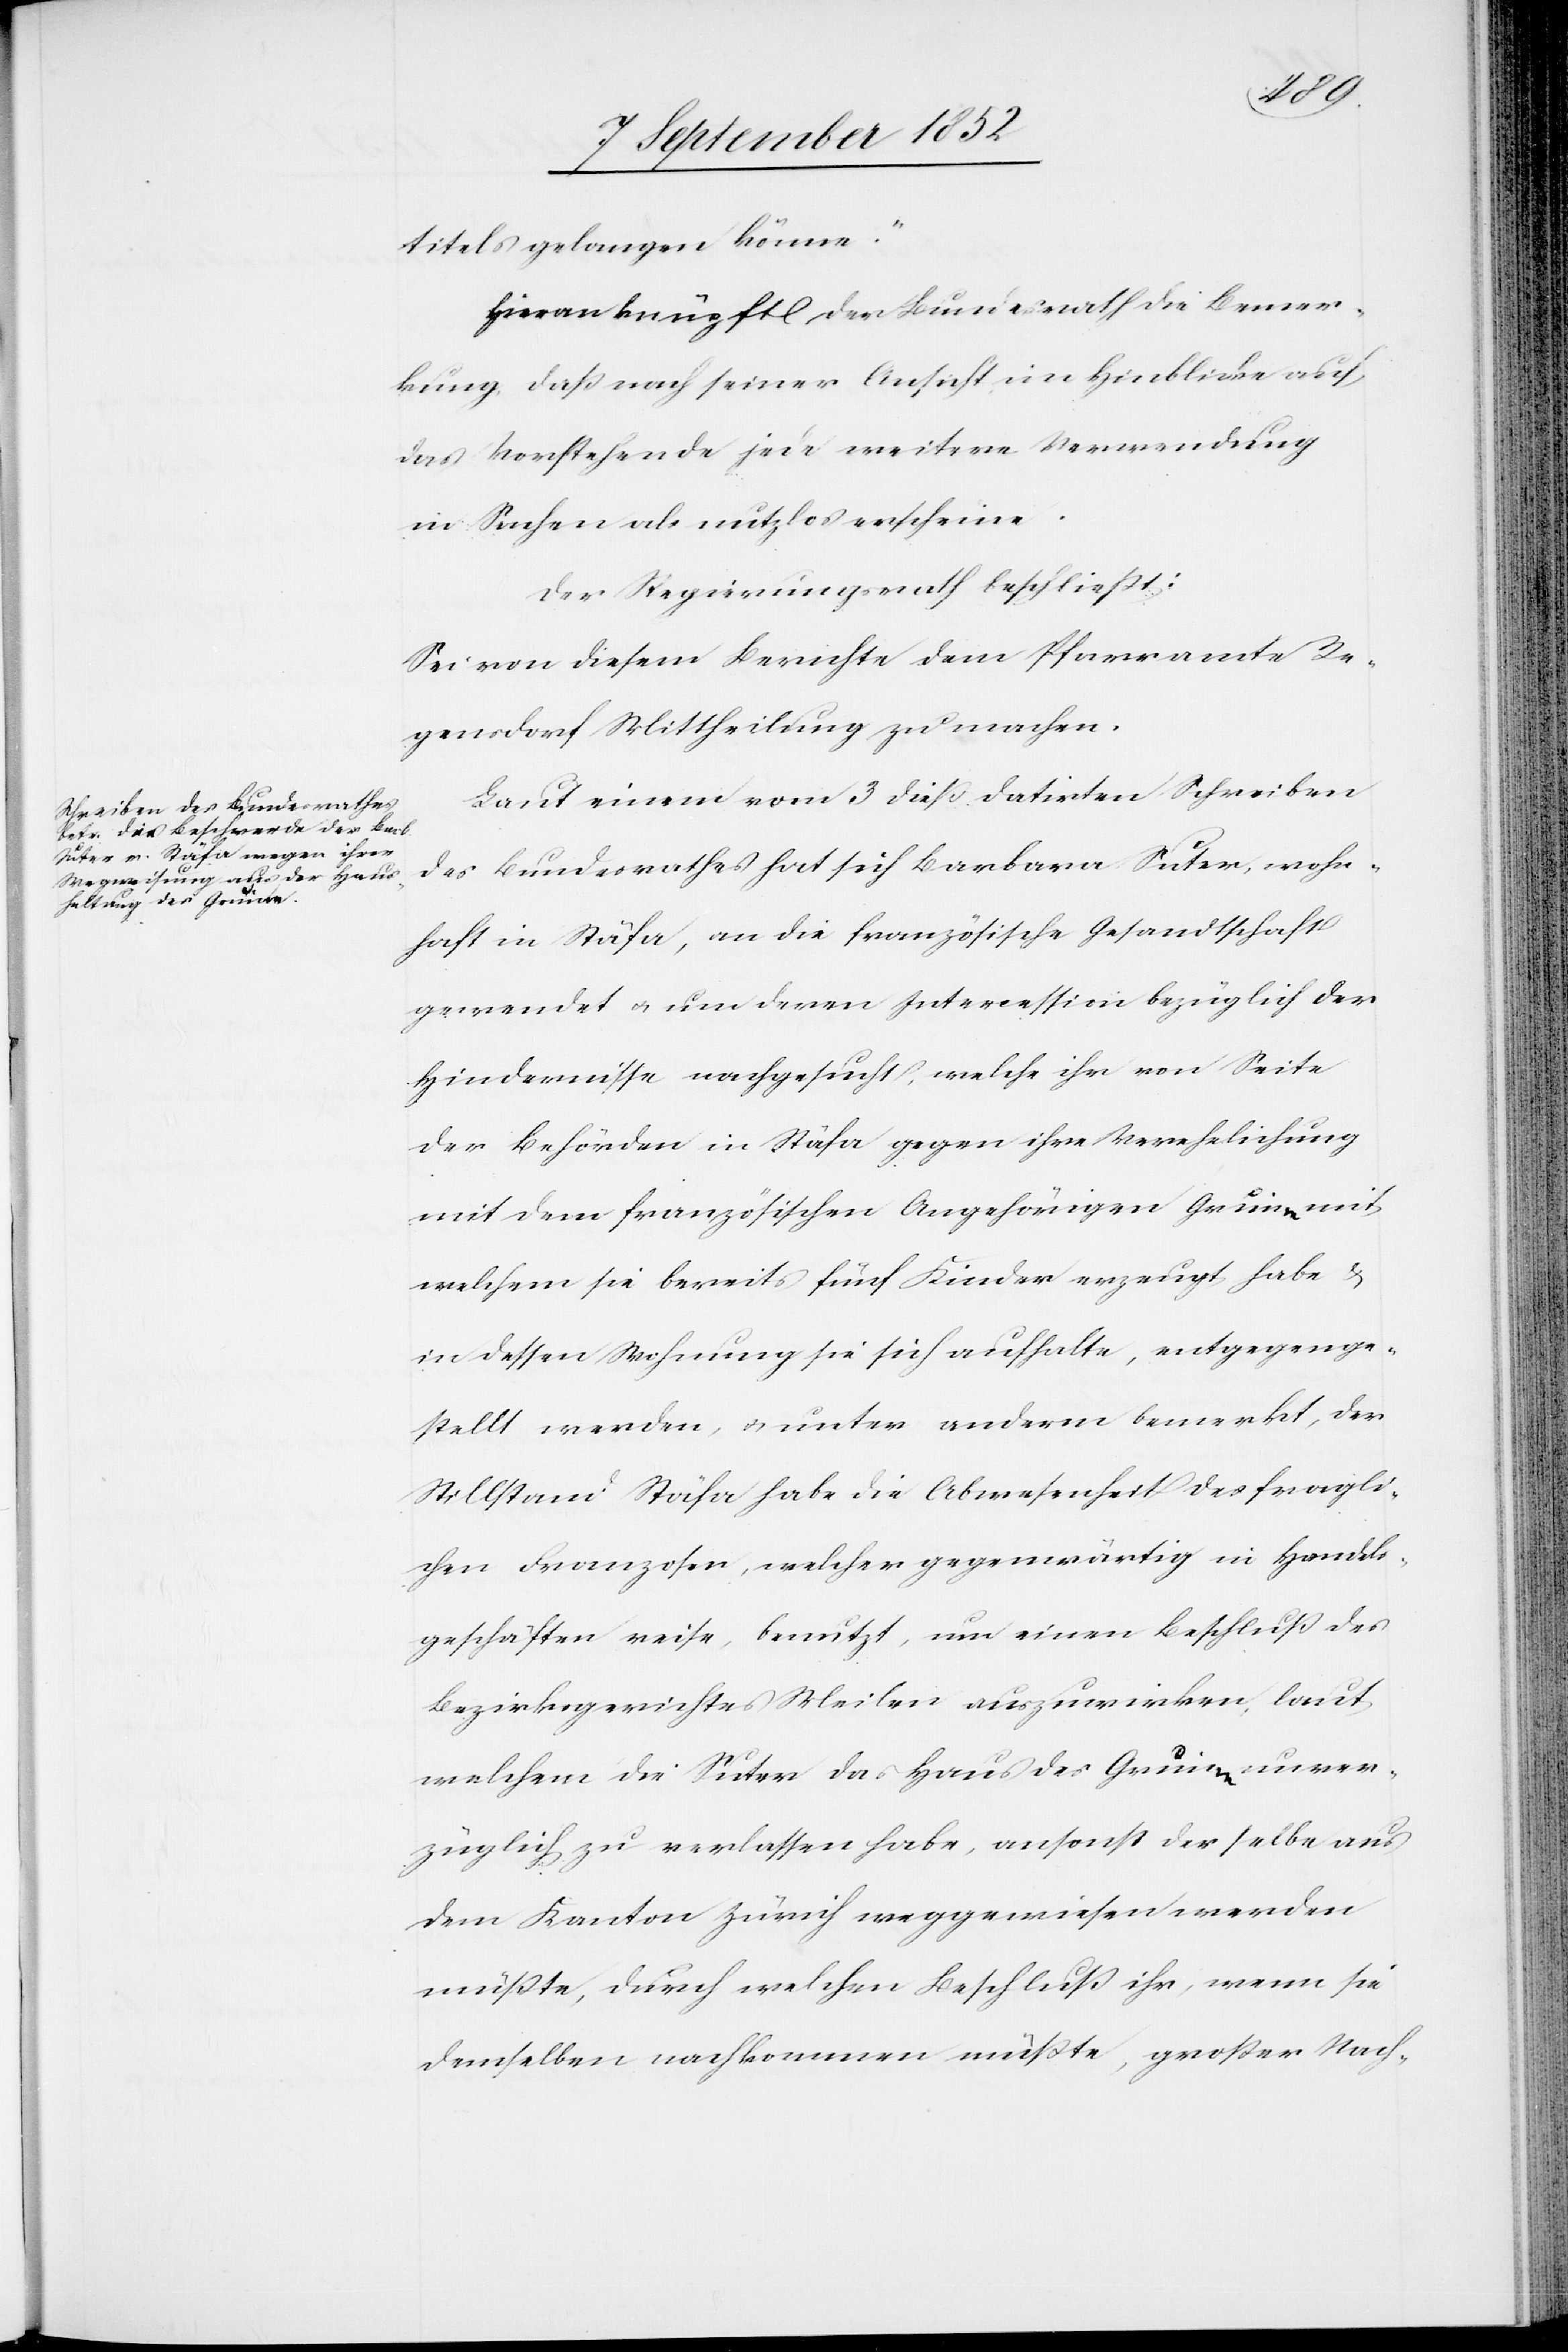
titels gelangen könne.“
Hieran knüpft der Bundesrath die Bemer¬
kung, daß nach seiner Ansicht im Hinblicke auf
das Vorstehende jede weitere Verwendung
in Sachen als nutzlos erscheine.
Der Regierungsrath beschließt:
Sei von diesem Berichte dem Pfarramte Re¬
gensdorf Mittheilung zu machen.
Laut einem vom 3 dieß datirten Schreiben
des Bundesrathes hat sich Barbara Suter, wohn¬
haft in Stäfa, an die französische Gesandtschaft
gewendet & um deren Intercession bezüglich der
Hindernisse nachgesucht, welche ihr von Seite
der Behörden in Stäfa gegen ihre Verehelichung
mit dem französischen Angehörigen Gruine mit
welchem sie bereits fünf Kinder erzeugt habe &
in dessen Wohnung sie sich aufhalte, entgegenge¬
stellt werden, & unter anderm bemerkt, der
Stillstand Stäfa habe die Abwesenheit des fragli¬
chen Franzosen, welcher gegenwärtig in Handels¬
geschäften reise, benutzt, um einen Beschluß des
Bezirksgerichtes Meilen auszuwirken, laut
welchem die Suter das Haus des Gruine unver¬
züglich zu verlassen habe, ansonst der selbe aus
dem Kanton Zürich weggewiesen werden
müßte, durch welchen Beschluß ihr, wenn sie
demselben nachkommen müßte, großer Nach-